Source: Handwritten
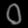
Digit: ၀ (0)